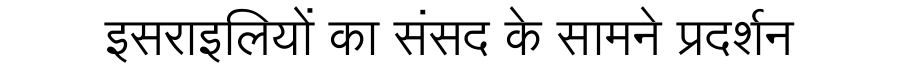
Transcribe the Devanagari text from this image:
इसराइलियों का संसद के सामने प्रदर्शन